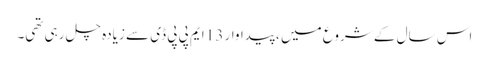
اس سال کے شروع میں ، پیداوار 13 ایم پی پی ڈی سے زیادہ چل رہی تھی۔